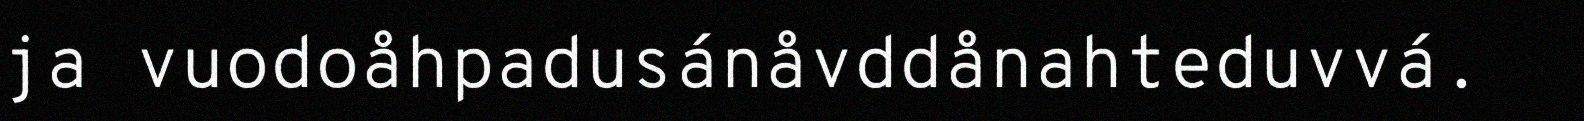
ja vuodoåhpadusánåvddånahteduvvá.